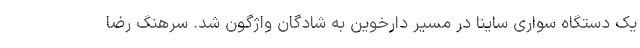
یک دستگاه سواری ساینا در مسیر دارخوین به شادگان واژگون شد. سرهنگ رضا